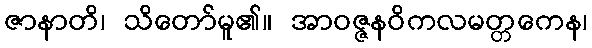
ဇာနာတိ၊ သိတော်မူ၏။ အာဝဇ္ဇနဝိကလမတ္တကေန၊